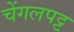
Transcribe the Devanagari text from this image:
चेंगलपट्ट